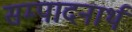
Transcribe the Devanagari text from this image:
सम्पादनार्थ